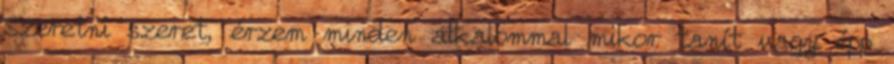
Szeretni szeret, érzem minden alkalommal mikor tanít vagy épp